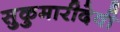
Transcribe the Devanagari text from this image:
सुकुमारीदेवी